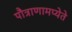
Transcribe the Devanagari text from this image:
पौत्राणामप्येते